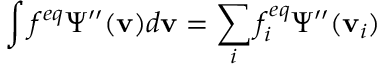
\int f ^ { e q } \Psi ^ { \prime \prime } ( \mathbf { v } ) d \mathbf { v } = \sum _ { i } f _ { i } ^ { e q } \Psi ^ { \prime \prime } ( \mathbf { v } _ { i } )